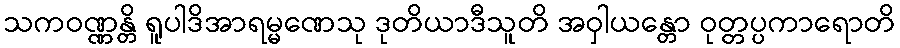
သကဝဏ္ဏန္တိ ရူပါဒိအာရမ္မဏေသု ဒုတိယာဒီသူတိ အဝှါယန္တော ဝုတ္တပ္ပကာရောတိ